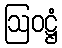
ဩဝဋ္ဌံ